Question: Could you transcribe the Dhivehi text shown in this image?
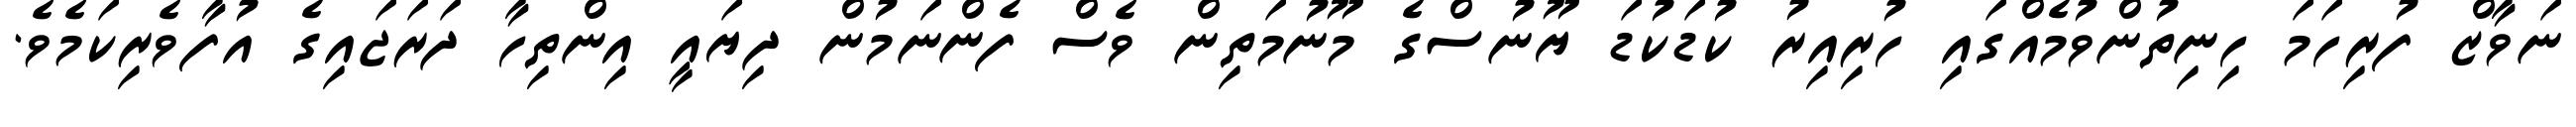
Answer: ނަވާޒް ފުރިހަމަ ހިނިތުންވުމެއްގައި ހުރިއިރު ކުޑަކުޑަ ޔޫނުސްގެ މޫނުމަތިން ވެސް ފެންނަމުން ދިޔައީ އިންތިހާ ދަރަޖައިގެ އުފާވެރިކަމެވެ.